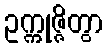
ဥက္ကုဇ္ဇိတွာ